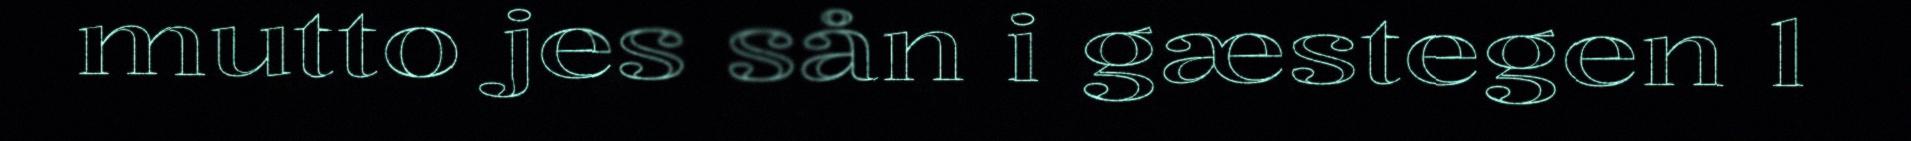
mutto jes sån i gæstegen 1